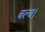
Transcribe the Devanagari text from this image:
बल्ब।